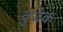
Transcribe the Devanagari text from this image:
वुजेक